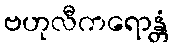
ဗဟုလီကရောန္တံ